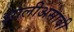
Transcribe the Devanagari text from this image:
झालीअसावी